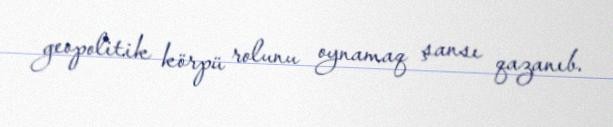
geopolitik körpü rolunu oynamaq şansı qazanıb.